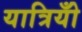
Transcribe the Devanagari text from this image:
यात्रियोँ